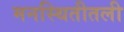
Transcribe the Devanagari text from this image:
मनस्थितीतली